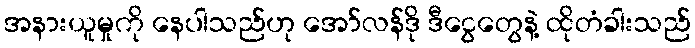
အနားယူမှုကို နေပါသည်ဟု အော်လန်ဒို ဒီငွေတွေနဲ့ ထိုတံခါးသည်